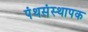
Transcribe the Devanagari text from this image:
पंथसंस्थापक